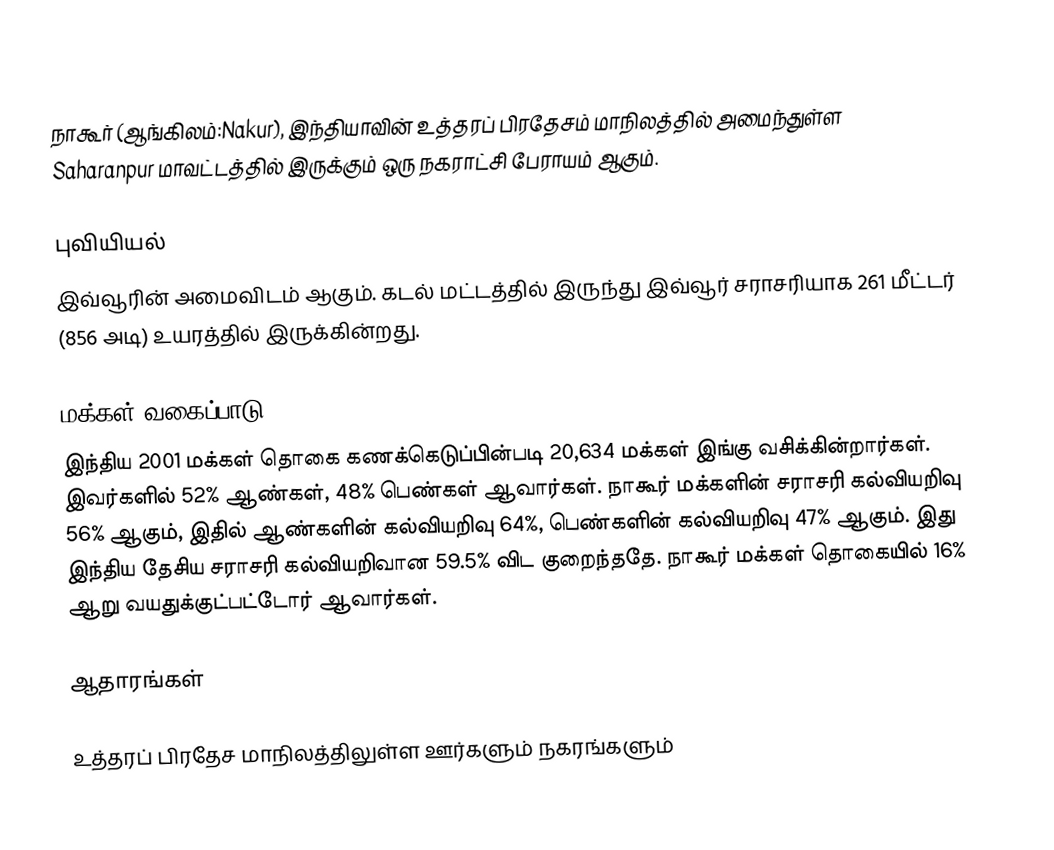
நாகூர் (ஆங்கிலம்:Nakur), இந்தியாவின் உத்தரப் பிரதேசம் மாநிலத்தில் அமைந்துள்ள Saharanpur மாவட்டத்தில் இருக்கும் ஒரு நகராட்சி பேராயம் ஆகும்.

புவியியல்
இவ்வூரின் அமைவிடம்  ஆகும். கடல் மட்டத்தில் இருந்து இவ்வூர் சராசரியாக 261 மீட்டர் (856 அடி) உயரத்தில் இருக்கின்றது.

மக்கள் வகைப்பாடு
இந்திய 2001 மக்கள் தொகை கணக்கெடுப்பின்படி 20,634 மக்கள் இங்கு வசிக்கின்றார்கள். இவர்களில் 52% ஆண்கள், 48% பெண்கள் ஆவார்கள். நாகூர் மக்களின் சராசரி கல்வியறிவு 56% ஆகும்,  இதில் ஆண்களின் கல்வியறிவு 64%,  பெண்களின் கல்வியறிவு 47% ஆகும். இது இந்திய தேசிய சராசரி கல்வியறிவான 59.5% விட குறைந்ததே. நாகூர் மக்கள் தொகையில் 16%  ஆறு வயதுக்குட்பட்டோர் ஆவார்கள்.

ஆதாரங்கள்

உத்தரப் பிரதேச மாநிலத்திலுள்ள ஊர்களும் நகரங்களும்